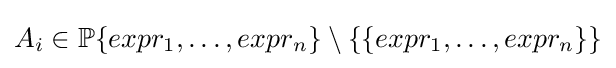
A_{i}\in \mathbb {P} \{expr_{1},\dots ,expr_{n}\}\setminus \{\{expr_{1},\dots ,expr_{n}\}\}